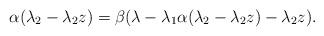
LaTeX: \begin{align*}\alpha(\lambda_2-\lambda_2 z)=\beta(\lambda - \lambda_1 \alpha(\lambda_2-\lambda_2 z)-\lambda_2 z ).\end{align*}